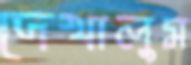
দেখালুম